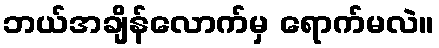
ဘယ်အချိန်လောက်မှ ရောက်မလဲ။